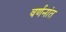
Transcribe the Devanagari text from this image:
वर्णनांत